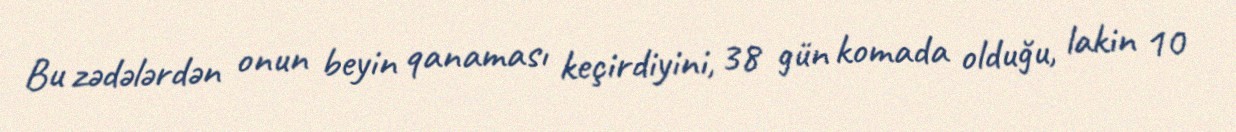
Bu zədələrdən onun beyin qanaması keçirdiyini, 38 gün komada olduğu, lakin 10